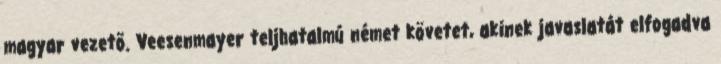
magyar vezetõ. Veesenmayer teljhatalmú német követet, akinek javaslatát elfogadva